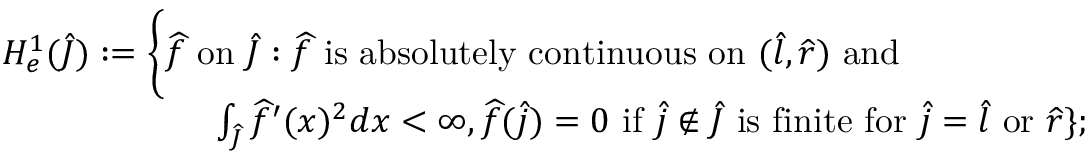
\begin{array} { r l } & { H _ { e } ^ { 1 } ( \widehat { J } ) : = \bigg \{ \widehat f \mathrm { ~ o n ~ } \widehat { J } : \widehat f \mathrm { ~ i s ~ a b s o l u t e l y ~ c o n t i n u o u s ~ o n ~ } ( \widehat { l } , \widehat { r } ) \mathrm { ~ a n d ~ } } \\ & { \qquad \qquad \qquad \int _ { \widehat { J } } \widehat f ^ { \prime } ( x ) ^ { 2 } d x < \infty , \widehat f ( \widehat j ) = 0 \mathrm { ~ i f ~ } \widehat j \notin \widehat { J } \mathrm { ~ i s ~ f i n i t e ~ f o r ~ } \widehat j = \widehat { l } \mathrm { ~ o r ~ } \widehat { r } \} ; } \end{array}